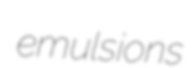
emulsions